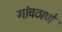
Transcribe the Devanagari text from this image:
गांवठाणे